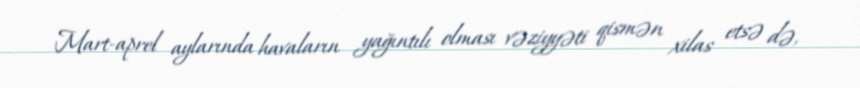
Mart-aprel aylarında havaların yağıntılı olması vəziyyəti qismən xilas etsə də,